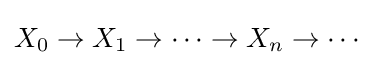
X_{0}\to X_{1}\to \dots \to X_{n}\to \cdots